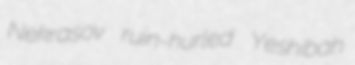
Nekrasov ruin-hurled Yeshibah